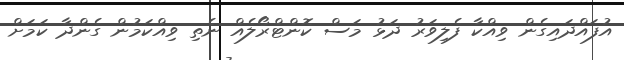
އުފައްދައިގެން ވިއްކާ ފެލިވަރު ދަޅު މަސް ކޮންޓްރޯލެއް ނެތި ވިއްކަމުން ގެންދާ ކަމަށް